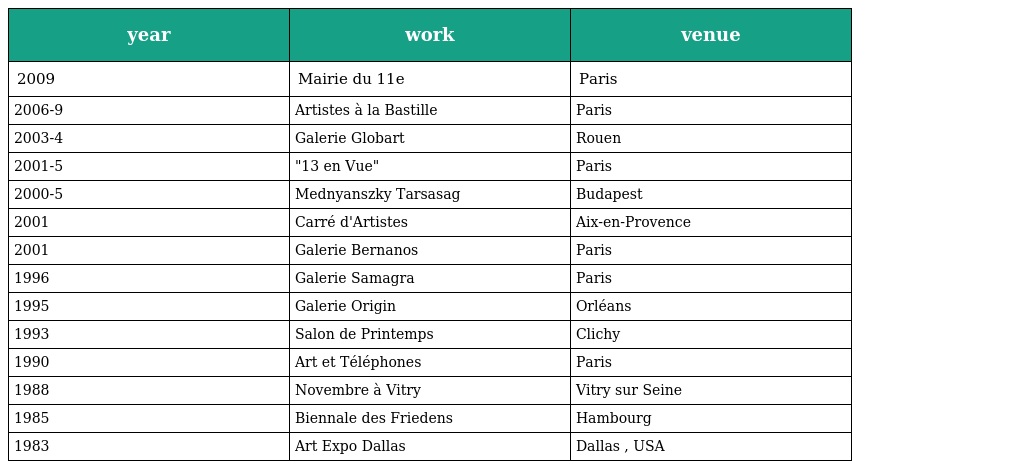
| year | work | venue |
 | --- | --- | --- |
 | 2009 | Mairie du 11e | Paris |
 | 2006-9 | Artistes à la Bastille | Paris |
 | 2003-4 | Galerie Globart | Rouen |
 | 2001-5 | "13 en Vue" | Paris |
 | 2000-5 | Mednyanszky Tarsasag | Budapest |
 | 2001 | Carré d'Artistes | Aix-en-Provence |
 | 2001 | Galerie Bernanos | Paris |
 | 1996 | Galerie Samagra | Paris |
 | 1995 | Galerie Origin | Orléans |
 | 1993 | Salon de Printemps | Clichy |
 | 1990 | Art et Téléphones | Paris |
 | 1988 | Novembre à Vitry | Vitry sur Seine |
 | 1985 | Biennale des Friedens | Hambourg |
 | 1983 | Art Expo Dallas | Dallas , USA |